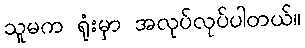
သူမက ရုံးမှာ အလုပ်လုပ်ပါတယ်။